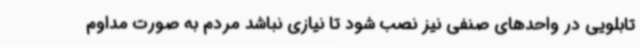
تابلویی در واحدهای صنفی نیز نصب شود تا نیازی نباشد مردم به صورت مداوم